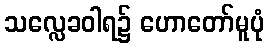
သလ္လေခဝါရ၌ ဟောတော်မူပုံ